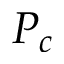
P _ { c }